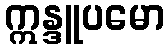
ဣန္ဒူပမော